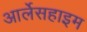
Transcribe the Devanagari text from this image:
आर्लेसहाइम